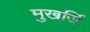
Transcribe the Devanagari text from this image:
मुखर्जि